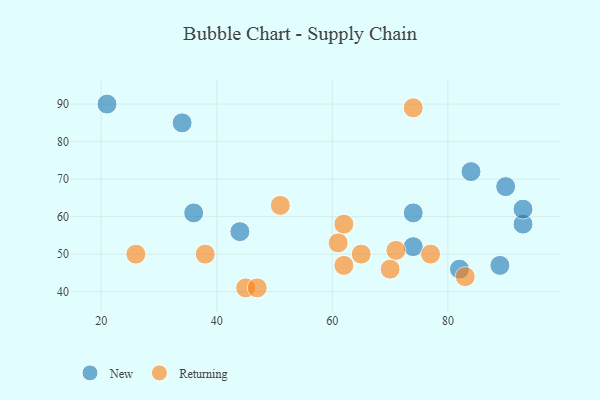
{"axis": {"x": "GDP", "y": "Life Expectancy"}, "legend": ["New", "Returning"], "data": [{"x": "93", "y": 58, "type": "New"}, {"x": "89", "y": 47, "type": "New"}, {"x": "82", "y": 46, "type": "New"}, {"x": "36", "y": 61, "type": "New"}, {"x": "21", "y": 90, "type": "New"}, {"x": "74", "y": 61, "type": "New"}, {"x": "93", "y": 62, "type": "New"}, {"x": "44", "y": 56, "type": "New"}, {"x": "34", "y": 85, "type": "New"}, {"x": "84", "y": 72, "type": "New"}, {"x": "90", "y": 68, "type": "New"}, {"x": "74", "y": 52, "type": "New"}, {"x": "71", "y": 51, "type": "Returning"}, {"x": "74", "y": 89, "type": "Returning"}, {"x": "62", "y": 47, "type": "Returning"}, {"x": "38", "y": 50, "type": "Returning"}, {"x": "26", "y": 50, "type": "Returning"}, {"x": "83", "y": 44, "type": "Returning"}, {"x": "62", "y": 58, "type": "Returning"}, {"x": "45", "y": 41, "type": "Returning"}, {"x": "51", "y": 63, "type": "Returning"}, {"x": "65", "y": 50, "type": "Returning"}, {"x": "61", "y": 53, "type": "Returning"}, {"x": "77", "y": 50, "type": "Returning"}, {"x": "47", "y": 41, "type": "Returning"}, {"x": "70", "y": 46, "type": "Returning"}]}